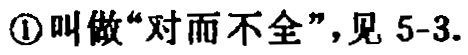
\textcircled{1}叫做“对而不全”，见 5-3.